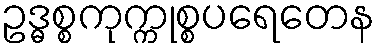
ဥဒ္ဓစ္စကုက္ကုစ္စပရေတေန